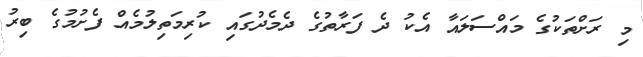
މި ރަށްތަކުގެ މައްސަލައާ އެކު ދެ ފަރާތުގެ ދެމެދުގައި ކުރިމަތިލުމެއް ފެށުމުގެ ބިރު